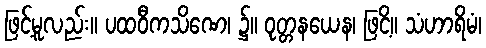
ဖြင့်မူလည်း။ ပထဝီကသိဏေ၊ ၌။ ဝုတ္တနယေန၊ ဖြငိ့။ သံဟာရိမံ၊